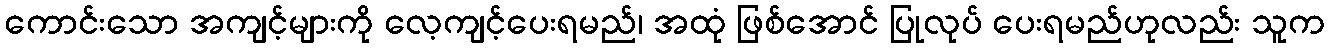
ကောင်းသော အကျင့်များကို လေ့ကျင့်ပေးရမည်၊ အထုံ ဖြစ်အောင် ပြုလုပ် ပေးရမည်ဟုလည်း သူက